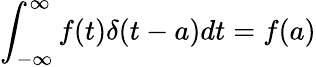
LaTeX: \int_{-\infty}^{\infty}f(t)\delta(t-a)dt=f(a)